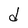
Character: d